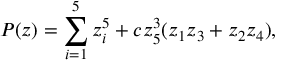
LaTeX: P ( z ) = \sum _ { i = 1 } ^ { 5 } z _ { i } ^ { 5 } + c z _ { 5 } ^ { 3 } ( z _ { 1 } z _ { 3 } + z _ { 2 } z _ { 4 } ) ,